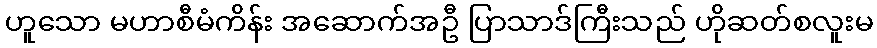
ဟူသော မဟာစီမံကိန်း အဆောက်အဦ ပြာသာဒ်ကြီးသည် ဟိုဆတ်စလူးမ